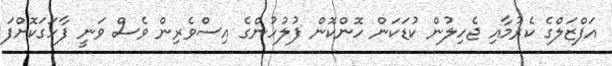
އަފްޒަލްގެ ކެރުމާއި ޖެހިލުން ކުޑަކަން ހޮންކޮން ފުލުހުންގެ އިސްވެރިން ވެސް ވަނީ ފާހަގަކޮށްފަ